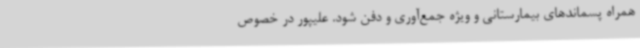
همراه پسماندهای بیمارستانی و ویژه جمع‌آوری و دفن شود. علیپور در خصوص